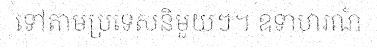
ទៅតាមប្រទេសនិមួយៗ។ ឧទាហរណ៍